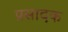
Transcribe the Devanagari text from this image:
प्रसादक